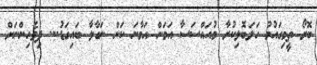
ބޮރޯ ތީމިގައުމު ހަލަބޮލިކުރާ މުއައްސަސާ އަމަން އަމާނަ ކަން ނަގާލާ ބައިގަޑު... ދިވެހިންނަށް